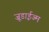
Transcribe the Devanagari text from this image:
जूडाईज्म